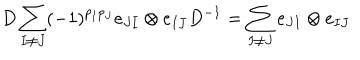
D \sum _ { I \neq J } ( - 1 ) ^ { p _ { I } p _ { J } } e _ { J I } \otimes e _ { I J } D ^ { - 1 } = \sum _ { I \neq J } e _ { J I } \otimes e _ { I J }